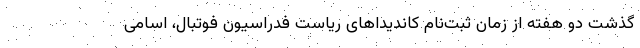
گذشت دو هفته از زمان ثبت‌نام کاندیداهای ریاست فدراسیون فوتبال، اسامی